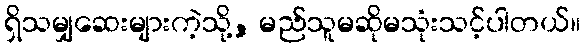
ရှိသမျှဆေးများကဲ့သို့, မည်သူမဆိုမသုံးသင့်ပါတယ်။